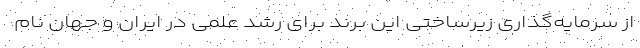
از سرمایه‌گذاری زیرساختی این برند برای رشد علمی در ایران و جهان نام